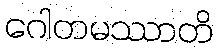
ဂေါတမဿာတိ